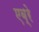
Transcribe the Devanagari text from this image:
एब्रे